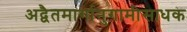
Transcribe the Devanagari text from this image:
अद्वैतमार्गानुगामीसाधक